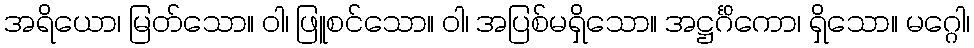
အရိယော၊ မြတ်သော။ ဝါ၊ ဖြူစင်သော။ ဝါ၊ အပြစ်မရှိသော။ အဋ္ဌင်္ဂိကော၊ ရှိသော။ မဂ္ဂေါ၊